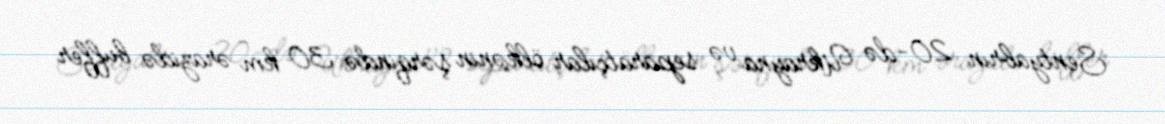
Sentyabrın 20-də Ukrayna və separatçılar ölkənin şərqində 30 km ərazidə buffer